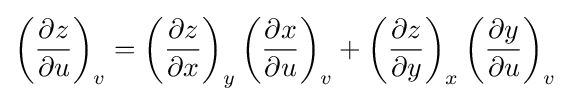
\left({\frac {\partial z}{\partial u}}\right)_{v}=\left({\frac {\partial z}{\partial x}}\right)_{y}\left({\frac {\partial x}{\partial u}}\right)_{v}+\left({\frac {\partial z}{\partial y}}\right)_{x}\left({\frac {\partial y}{\partial u}}\right)_{v}